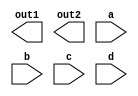
module mod_a ( output out1, output out2, input a, input b, input c, input d);
endmodule
module modbypos ( 
    input a, 
    input b, 
    input c,
    input d,
    output out1,
    output out2
);
    //module mod_a inst( output, output, input, input, input, input );
    mod_a inst( out1, out2, a, b, c, d );

endmodule